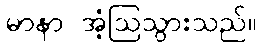
မာနာ အံ့ဩသွားသည်။